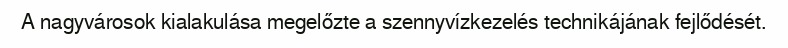
A nagyvárosok kialakulása megelőzte a szennyvízkezelés technikájának fejlődését.